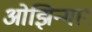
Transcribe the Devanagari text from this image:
ओझिन्गार